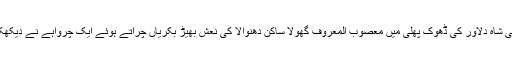
تفصیلات کے مطابق جبی شاہ دلاور کی ڈھوک پھلی میں معصوب المعروف گھولا ساکن دھنوالا کی نعش بھیڑ بکریاں چراتے ہوئے ایک چرواہے نے دیکھکر لوگوں کو اطلاع کی ۔